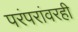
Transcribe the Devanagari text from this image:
परंपरांवरही